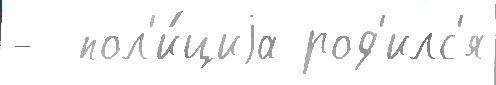
-  пол'и́циjа род'илс'я